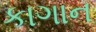
કાગાન